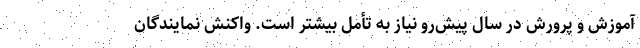
آموزش و پرورش در سال پیش‌رو نیاز به تأمل بیشتر است. واکنش نمایندگان‌